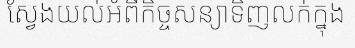
ស្វែងយល់អំពីកិច្ចសន្យាទិញលក់ក្នុង